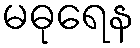
မဓုရေန